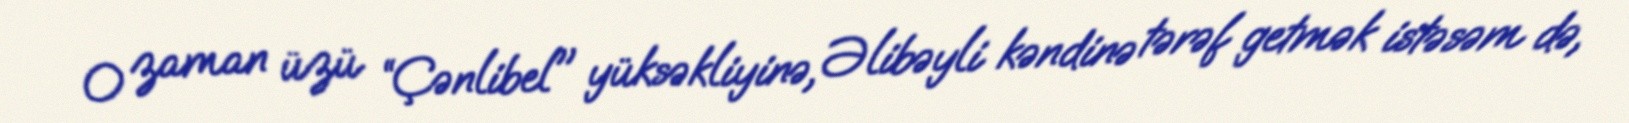
O zaman üzü “Çənlibel" yüksəkliyinə, Əlibəyli kəndinə tərəf getmək istəsəm də,